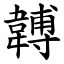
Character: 䪙